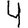
Digit: 4